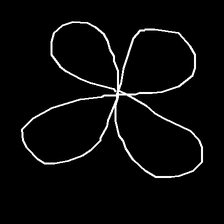
Glyph: billowing